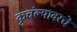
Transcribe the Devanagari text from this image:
कुचंल्यावरचे